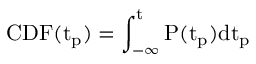
\mathrm { { C D F } ( t _ { p } ) = \int _ { - \infty } ^ { t } { P ( t _ { p } ) d t _ { p } } \, }